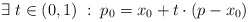
\begin{align*} \exists \; t \in (0,1) \; : \; p_0 = x_0 + t \cdot (p - x_0) \; \end{align*}